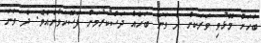
ބަހަށް މޮޅުވި ވަރަކަށް ދެ ވަނަ ބަހެއް ދަސްކުރުމަށް ފަސޭހަވާނެއެވެ. ދެ ވަނަ